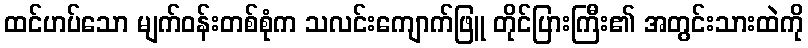
ထင်ဟပ်သော မျက်ဝန်းတစ်စုံက သလင်းကျောက်ဖြူ တိုင်ပြားကြီး၏ အတွင်းသားထဲကို